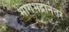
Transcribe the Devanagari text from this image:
भागभद्रानंतर